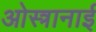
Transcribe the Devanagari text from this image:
ओस्त्रानाई